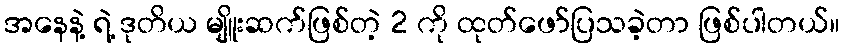
အနေနဲ့ ရဲ့ ဒုတိယ မျိူးဆက်ဖြစ်တဲ့ 2 ကို ထုတ်ဖော်ပြသခဲ့တာ ဖြစ်ပါတယ်။